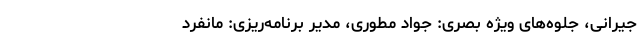
جیرانی، جلوه‌های ویژه بصری: جواد مطوری، مدیر برنامه‌ریزی: مانفرد